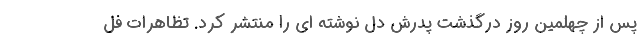
پس از چهلمین روز درگذشت پدرش دل نوشته ای را منتشر کرد. تظاهرات فل